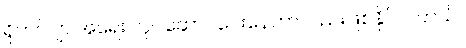
ရိုဟင်ဂျာ အရေး လုပ်ဆောင်ပေးနေတာလည်းဖြစ်နိုင် ပါတယ်။